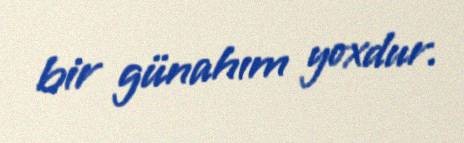
bir günahım yoxdur.